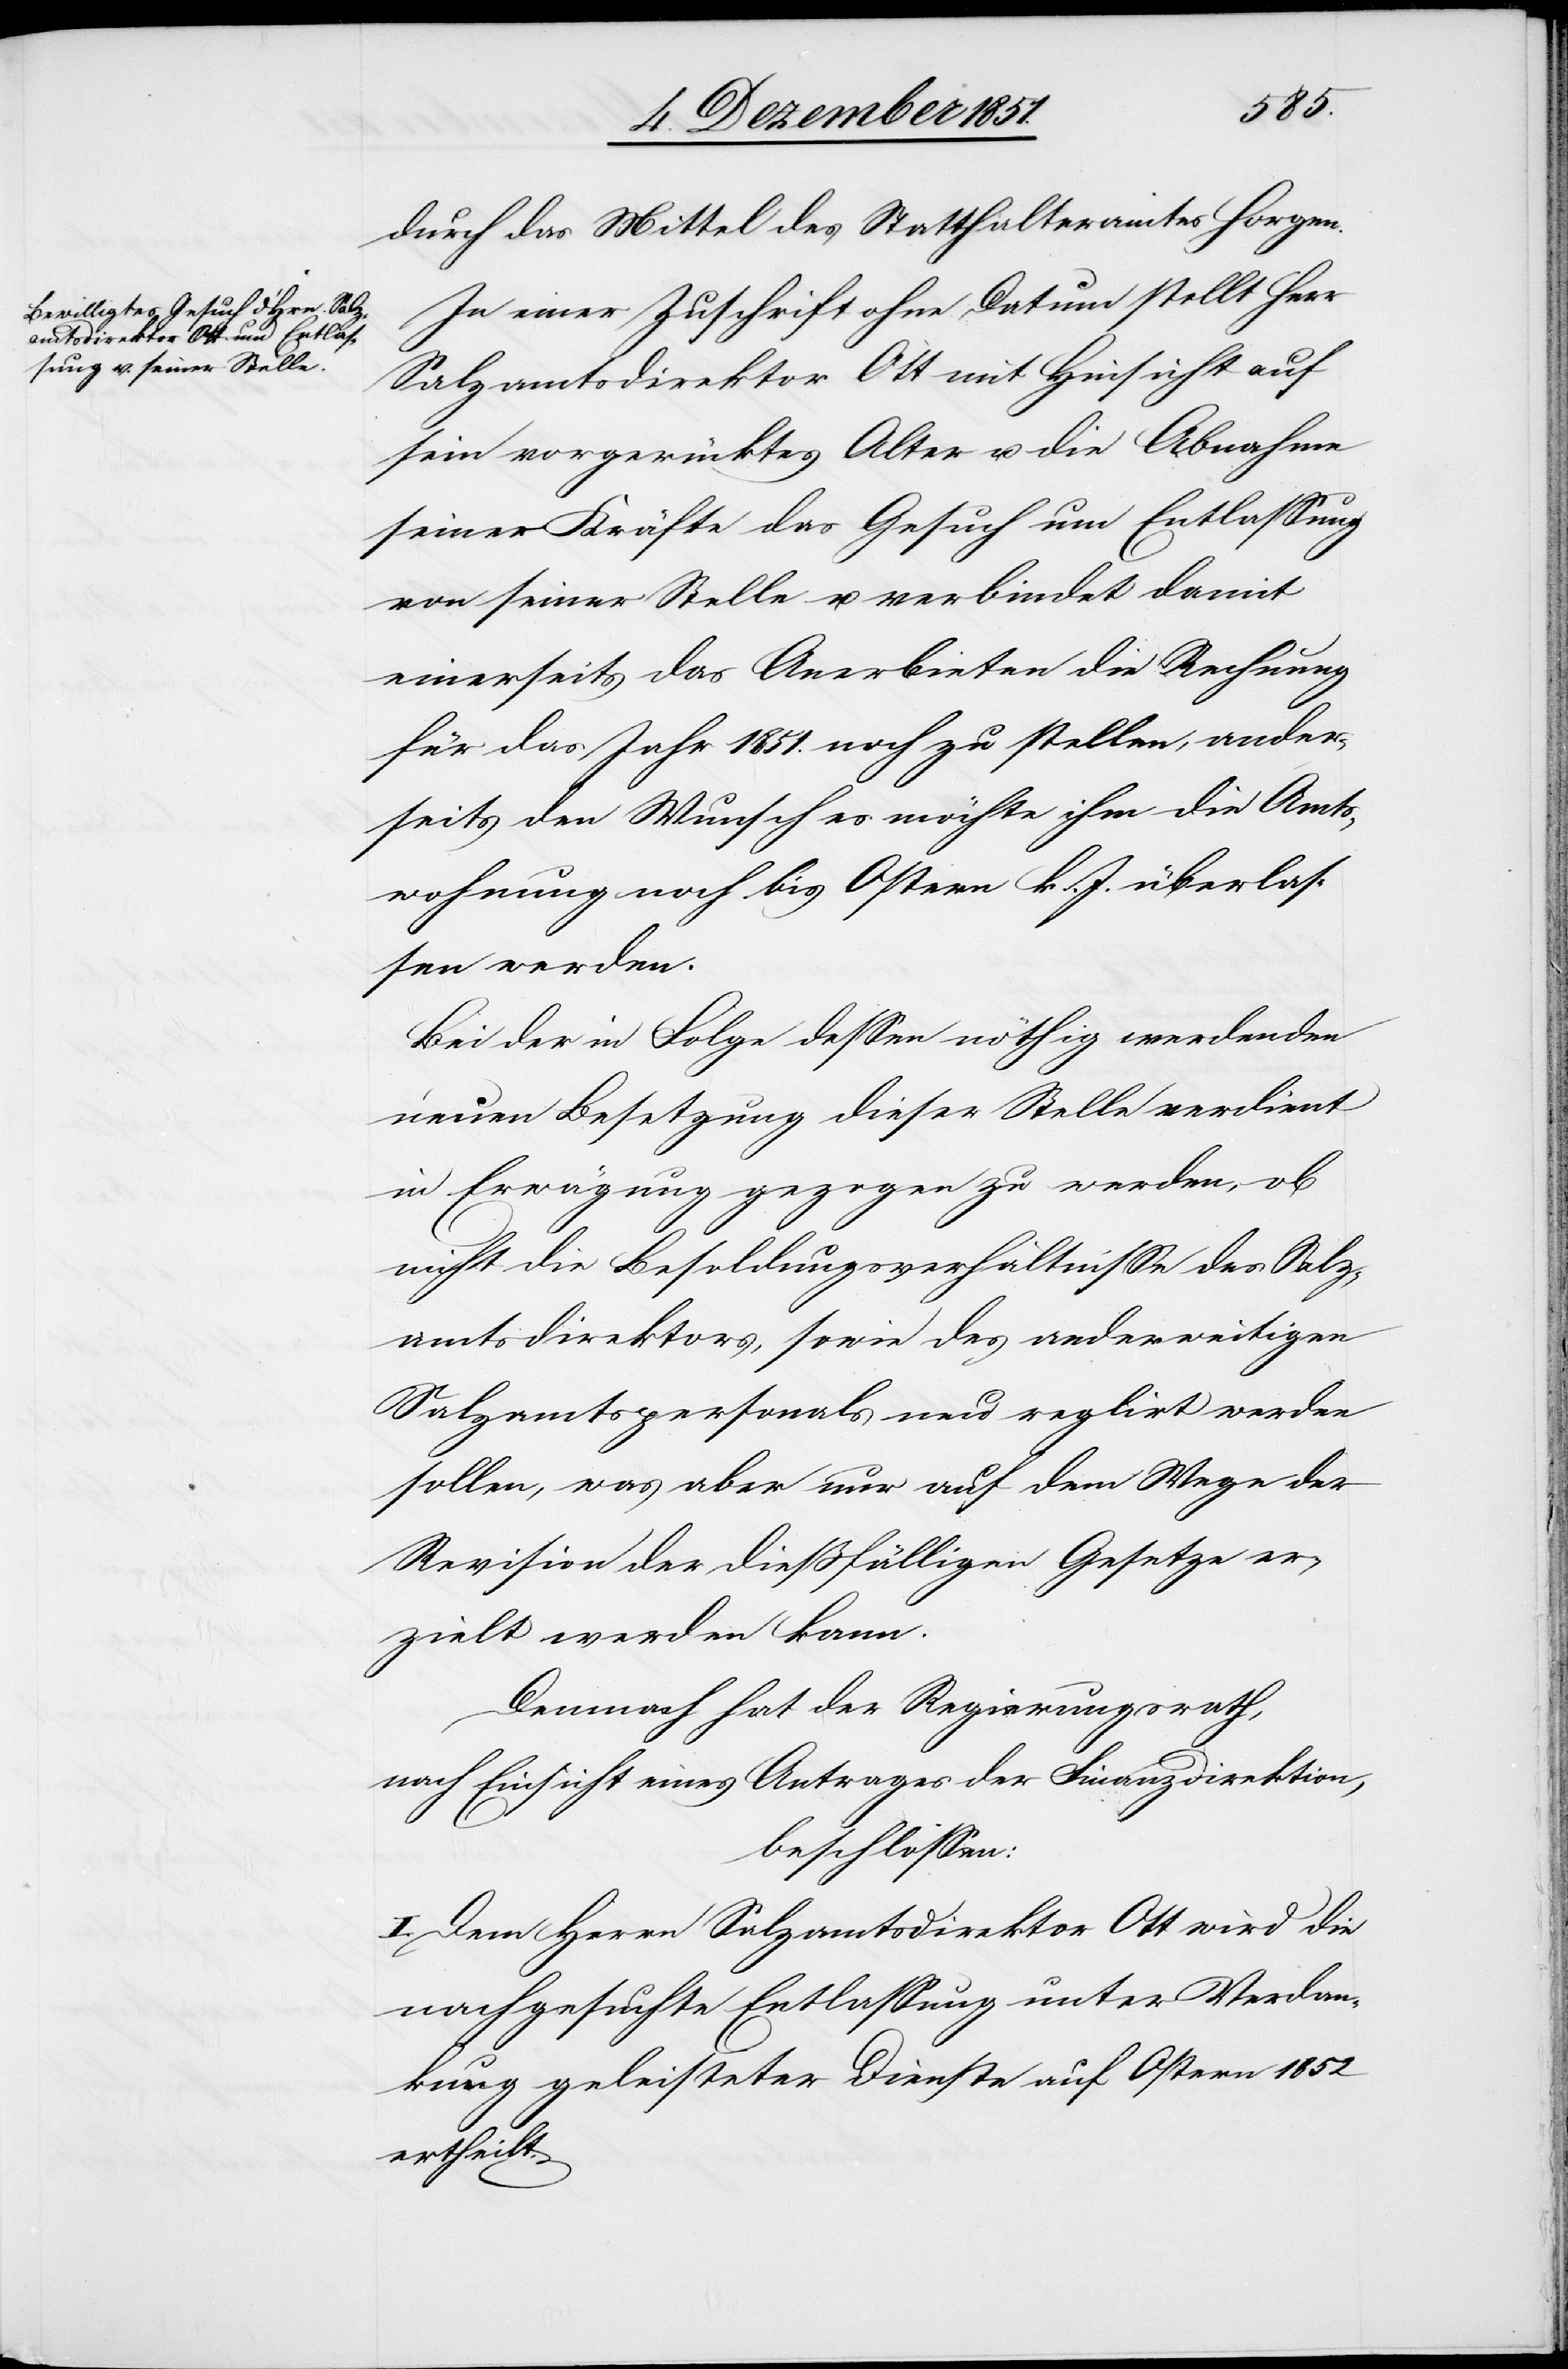
durch das Mittel des Statthalteramtes Horgen.
In einer Zuschrift ohne Datum stellt Herr
Salzamtsdirektor Ott mit Hinsicht auf
sein vorgerücktes Alter u. die Abnahme
seiner Kräfte das Gesuch um Entlassung
von seiner Stelle u. verbindet damit
einerseits das Anerbieten die Rechnung
für das Jahr 1851. noch zu stellen, ander¬
seits den Wunsch es möchte ihm die Amts¬
wohnung noch bis Ostern k. J. überlas¬
sen werden.
Bei der in Folge dessen nöthig werdenden
neuen Besetzung dieser Stelle verdient
in Erwägung gezogen zu werden, ob
nicht die Besoldungsverhältnisse des Salz¬
amtsdirektors, sowie des anderweitigen
Salzamtspersonals neu reglirt werden
sollen, was aber nur auf dem Wege der
Revision der dießfälligen Gesetze er¬
zielt werden kann.
Demnach hat der Regierungsrath,
nach Einsicht eines Antrages der Finanzdirektion,
beschlossen:
I. Dem Herrn Salzamtsdirektor Ott wird die
nachgesuchte Entlassung unter Verdan¬
kung geleisteter Dienste auf Ostern 1852
ertheilt.